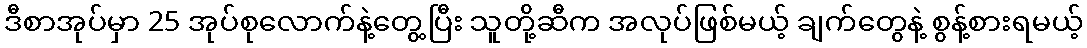
ဒီစာအုပ်မှာ 25 အုပ်စုလောက်နဲ့တွေ့ပြီး သူတို့ဆီက အလုပ်ဖြစ်မယ့် ချက်တွေနဲ့ စွန့်စားရမယ့်